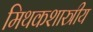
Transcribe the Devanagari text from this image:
मिथकशास्त्रीय